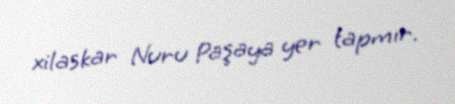
xilaskar Nuru Paşaya yer tapmır.